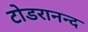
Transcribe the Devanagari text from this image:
टोडरानन्द